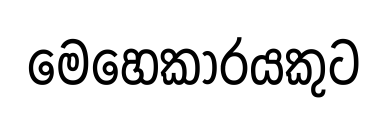
මෙහෙකාරයකුට